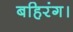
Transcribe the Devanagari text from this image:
बहिरंग।